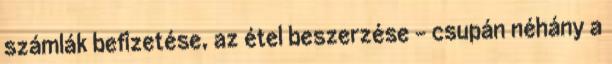
számlák befizetése, az étel beszerzése – csupán néhány a